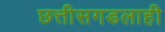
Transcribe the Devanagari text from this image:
छत्तीसगडलाही